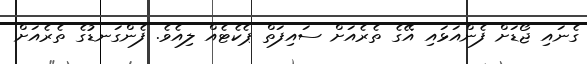
ގެނައި ޖޯޑަށް ފެންއަޅައި އޭގެ ތެރެއަށް ސައިފަތް ޕެކެޓެއް ލިއެވެ. ފެންގަނޑުގެ ތެރެއަށް